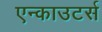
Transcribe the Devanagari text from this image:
एन्काउटर्स